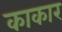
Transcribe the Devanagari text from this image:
काकार